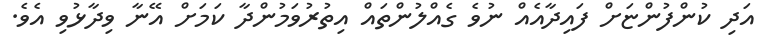
އަދި ކުންފުންޏަށް ފައިދާއެއް ނުވެ ގެއްލުންތައް އިތުރުވަމުންދާ ކަމަށް އޭނާ ވިދާޅުވި އެވެ.